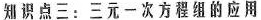
知识点三：三元一次方程组的应用